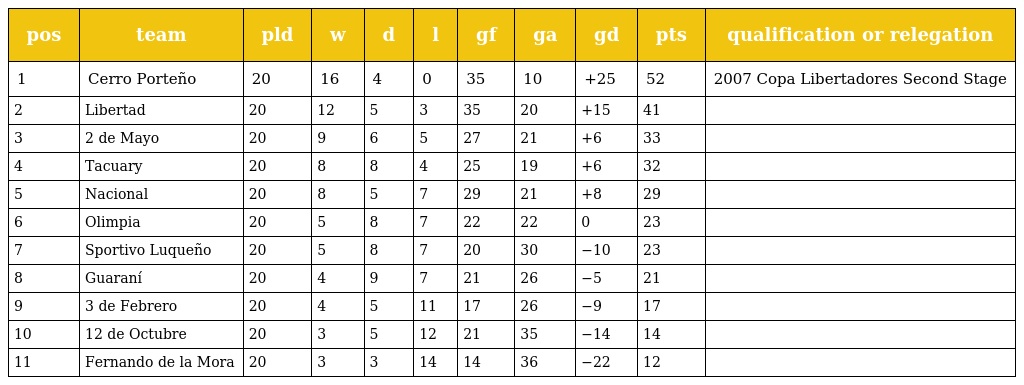
| pos | team | pld | w | d | l | gf | ga | gd | pts | qualification or relegation |
 | --- | --- | --- | --- | --- | --- | --- | --- | --- | --- | --- |
 | 1 | Cerro Porteño | 20 | 16 | 4 | 0 | 35 | 10 | +25 | 52 | 2007 Copa Libertadores Second Stage |
 | 2 | Libertad | 20 | 12 | 5 | 3 | 35 | 20 | +15 | 41 |  |
 | 3 | 2 de Mayo | 20 | 9 | 6 | 5 | 27 | 21 | +6 | 33 |  |
 | 4 | Tacuary | 20 | 8 | 8 | 4 | 25 | 19 | +6 | 32 |  |
 | 5 | Nacional | 20 | 8 | 5 | 7 | 29 | 21 | +8 | 29 |  |
 | 6 | Olimpia | 20 | 5 | 8 | 7 | 22 | 22 | 0 | 23 |  |
 | 7 | Sportivo Luqueño | 20 | 5 | 8 | 7 | 20 | 30 | −10 | 23 |  |
 | 8 | Guaraní | 20 | 4 | 9 | 7 | 21 | 26 | −5 | 21 |  |
 | 9 | 3 de Febrero | 20 | 4 | 5 | 11 | 17 | 26 | −9 | 17 |  |
 | 10 | 12 de Octubre | 20 | 3 | 5 | 12 | 21 | 35 | −14 | 14 |  |
 | 11 | Fernando de la Mora | 20 | 3 | 3 | 14 | 14 | 36 | −22 | 12 |  |